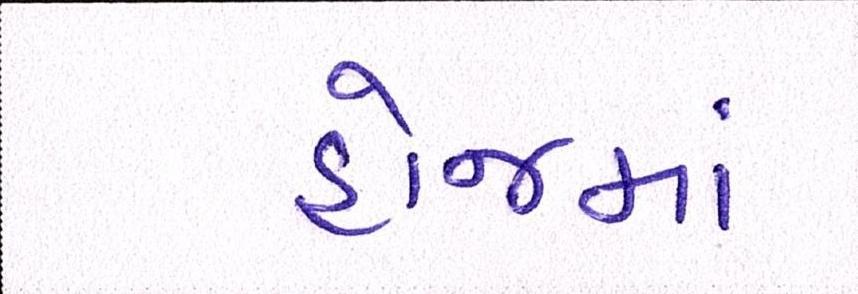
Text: હોજમાં